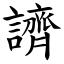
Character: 䜞